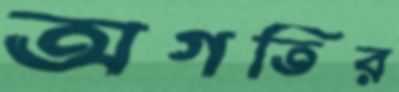
অগতির